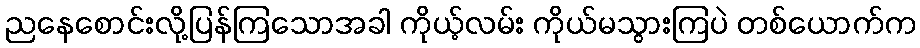
ညနေစောင်းလို့ပြန်ကြသောအခါ ကိုယ့်လမ်း ကိုယ်မသွားကြပဲ တစ်ယောက်က